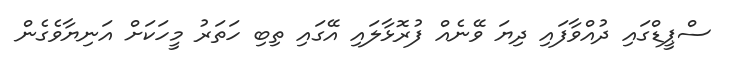
ސްޕީޑްގައި ދުއްވާފައި ދިޔަ ވޭނެއް ފުރޮޅާލައި އޭގައި ތިބި ހަތަރު މީހަކަށް އަނިޔާވެގެން